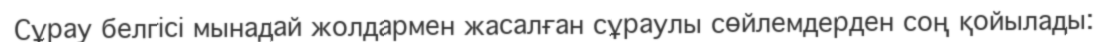
Сұрау белгісі мынадай жолдармен жасалған сұраулы сөйлемдерден соң қойылады: